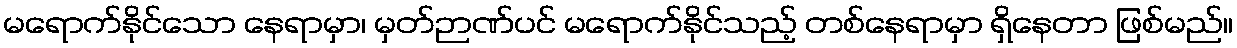
မရောက်နိုင်သော နေရာမှာ၊ မှတ်ဉာဏ်ပင် မရောက်နိုင်သည့် တစ်နေရာမှာ ရှိနေတာ ဖြစ်မည်။